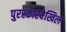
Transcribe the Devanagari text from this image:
पुरस्कारदेखिल